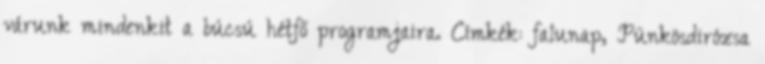
várunk mindenkit a búcsú hétfő programjaira. Címkék: falunap, Pünkösdirózsa